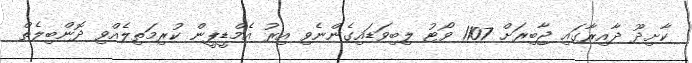
ކާށިދޫ ދާއިރާގައި ޖާބިރަށް 1107 ވޯޓު ލިބިވަޑައިގެންނެވި އިރު އެމްޑީޕީން ކުރިމަތިލެއްވި ދޮންބިލެތް